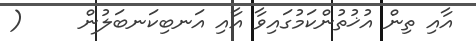
އާއި ތިން އުޚުތުންކަމުގައިވާ އާއި އަނބިކަނބަލުން     (